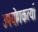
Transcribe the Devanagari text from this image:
उपयोगकर्त्या